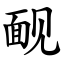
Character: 䩄